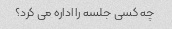
چه کسی جلسه را اداره می کرد؟